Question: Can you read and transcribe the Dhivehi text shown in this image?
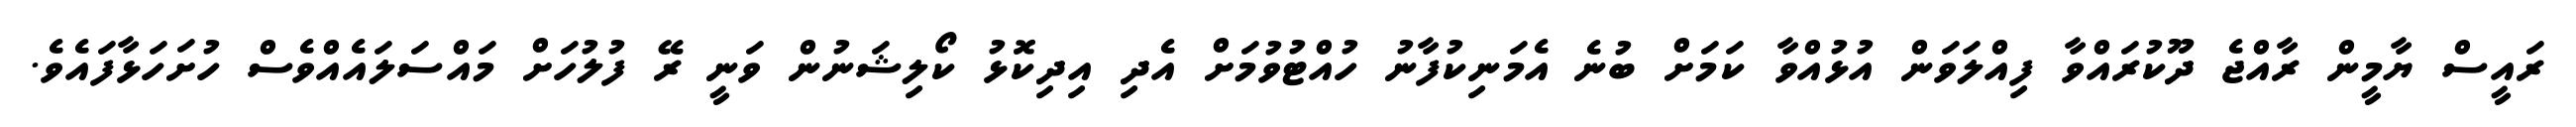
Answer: ރައީސް ޔާމީން ރާއްޖެ ދޫކުރައްވާ ފިއްލަވަން އުޅުއްވާ ކަމަށް ބުނެ އެމަނިކުފާނު ހުއްޓުވުމަށް އެދި އިދިކޮޅު ކޯލިޝަނުން ވަނީ ރޭ ފުލުހަށް މައްސަލައެއްވެސް ހުށަހަޅާފައެވެ.